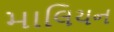
માલિયન